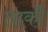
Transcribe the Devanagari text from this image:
ताकौ